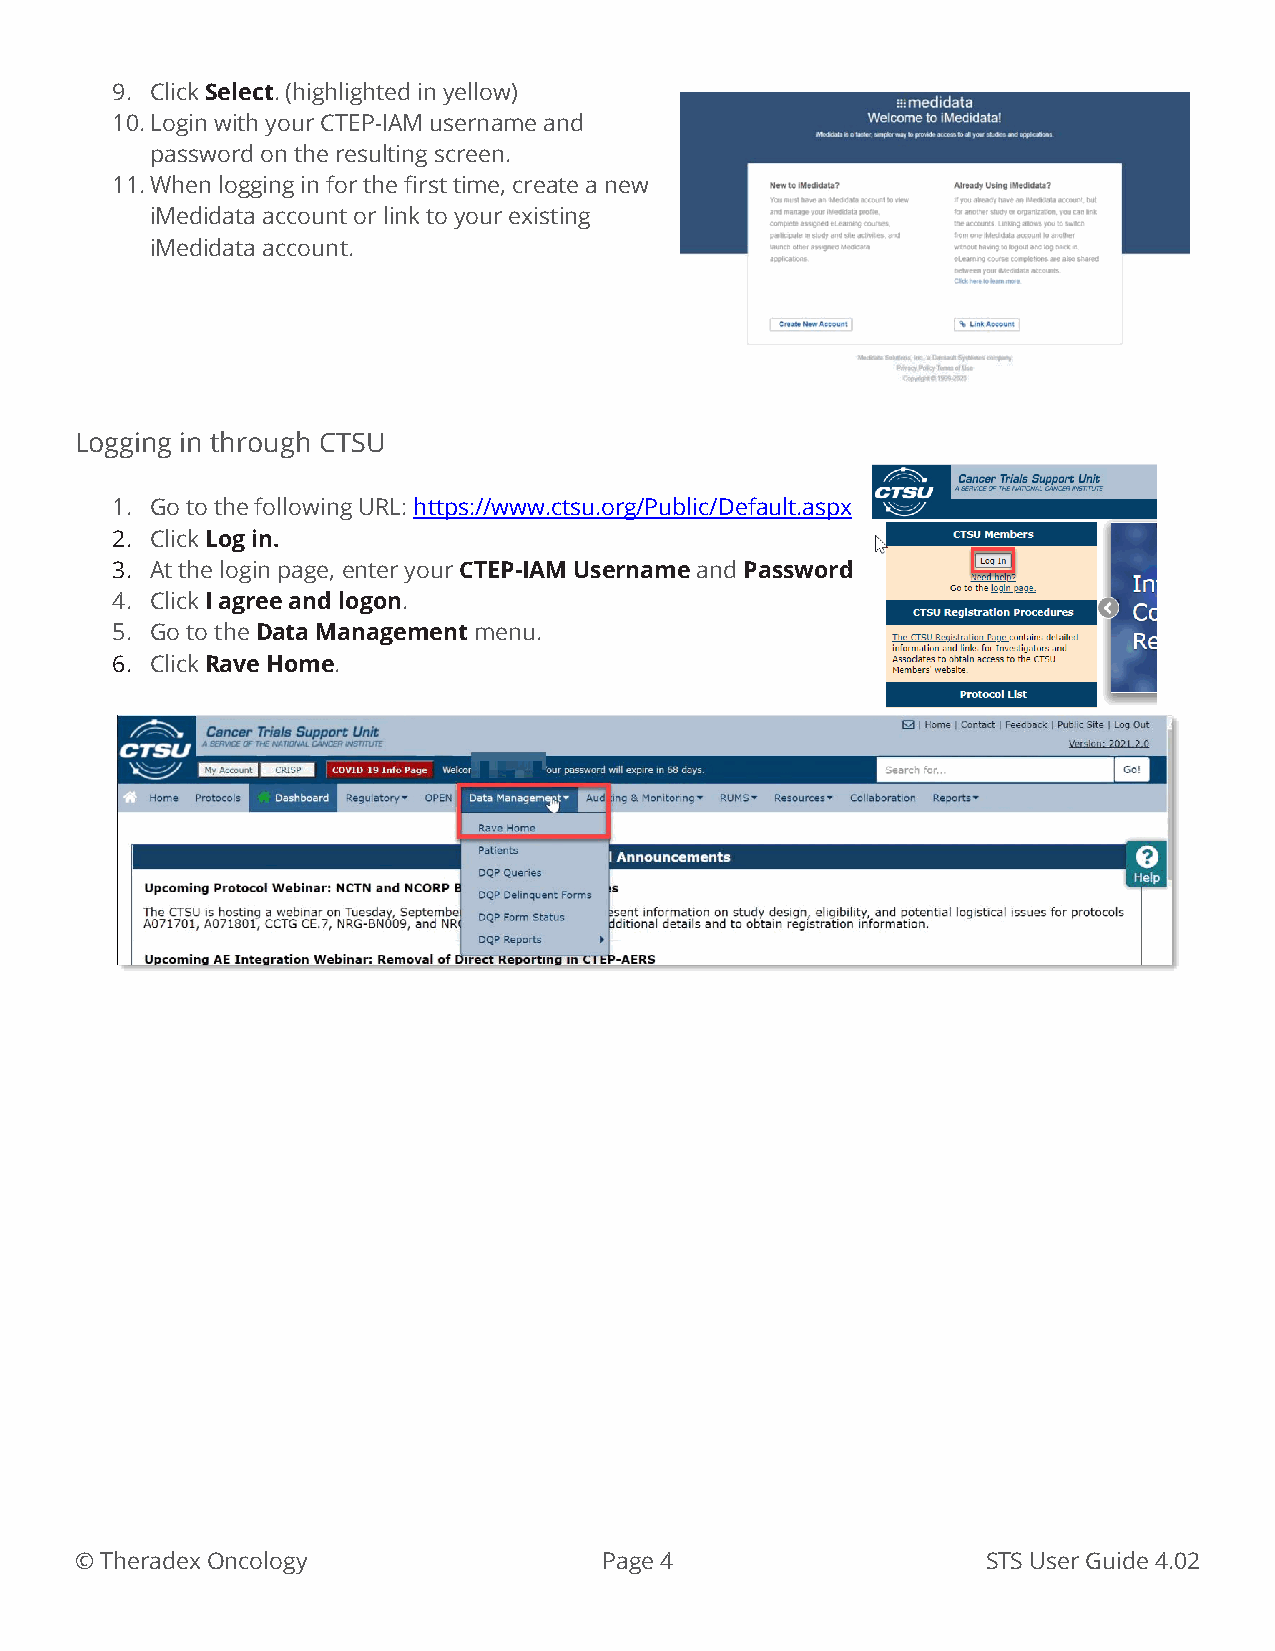
9. Click Select. (highlighted in yellow)
 10. Login with your CTEP-IAM username and
 password on the resulting screen.
 11. When logging in for the first time, create a new
 iMedidata account or link to your existing
 iMedidata account.
 Logging in through CTSU
 1. Go to the following URL: https://www.ctsu.org/Public/Default.aspx
 2. Click Log in.
 3. At the login page, enter your CTEP-IAM Username and Password
 4. Click I agree and logon.
 5. Go to the Data Management menu.
 6. Click Rave Home.
 © Theradex Oncology                Page 4                   STS User Guide 4.02